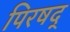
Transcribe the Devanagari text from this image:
पिरषद्